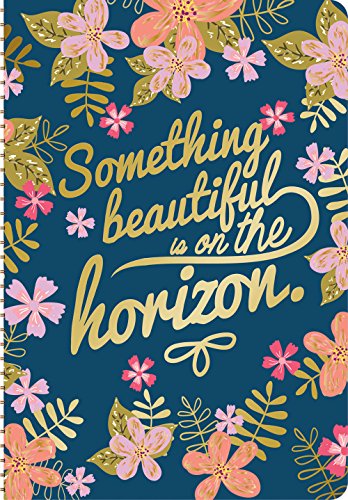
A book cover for Gold Foil Midnight Garden Weekly Planner Calendar 2016; Calendars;